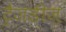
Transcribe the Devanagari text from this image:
ट्रैजडीज़